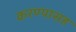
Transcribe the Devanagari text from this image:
करण्यासह